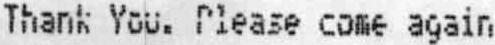
THANK YOU. PLEASE COME AGAIN